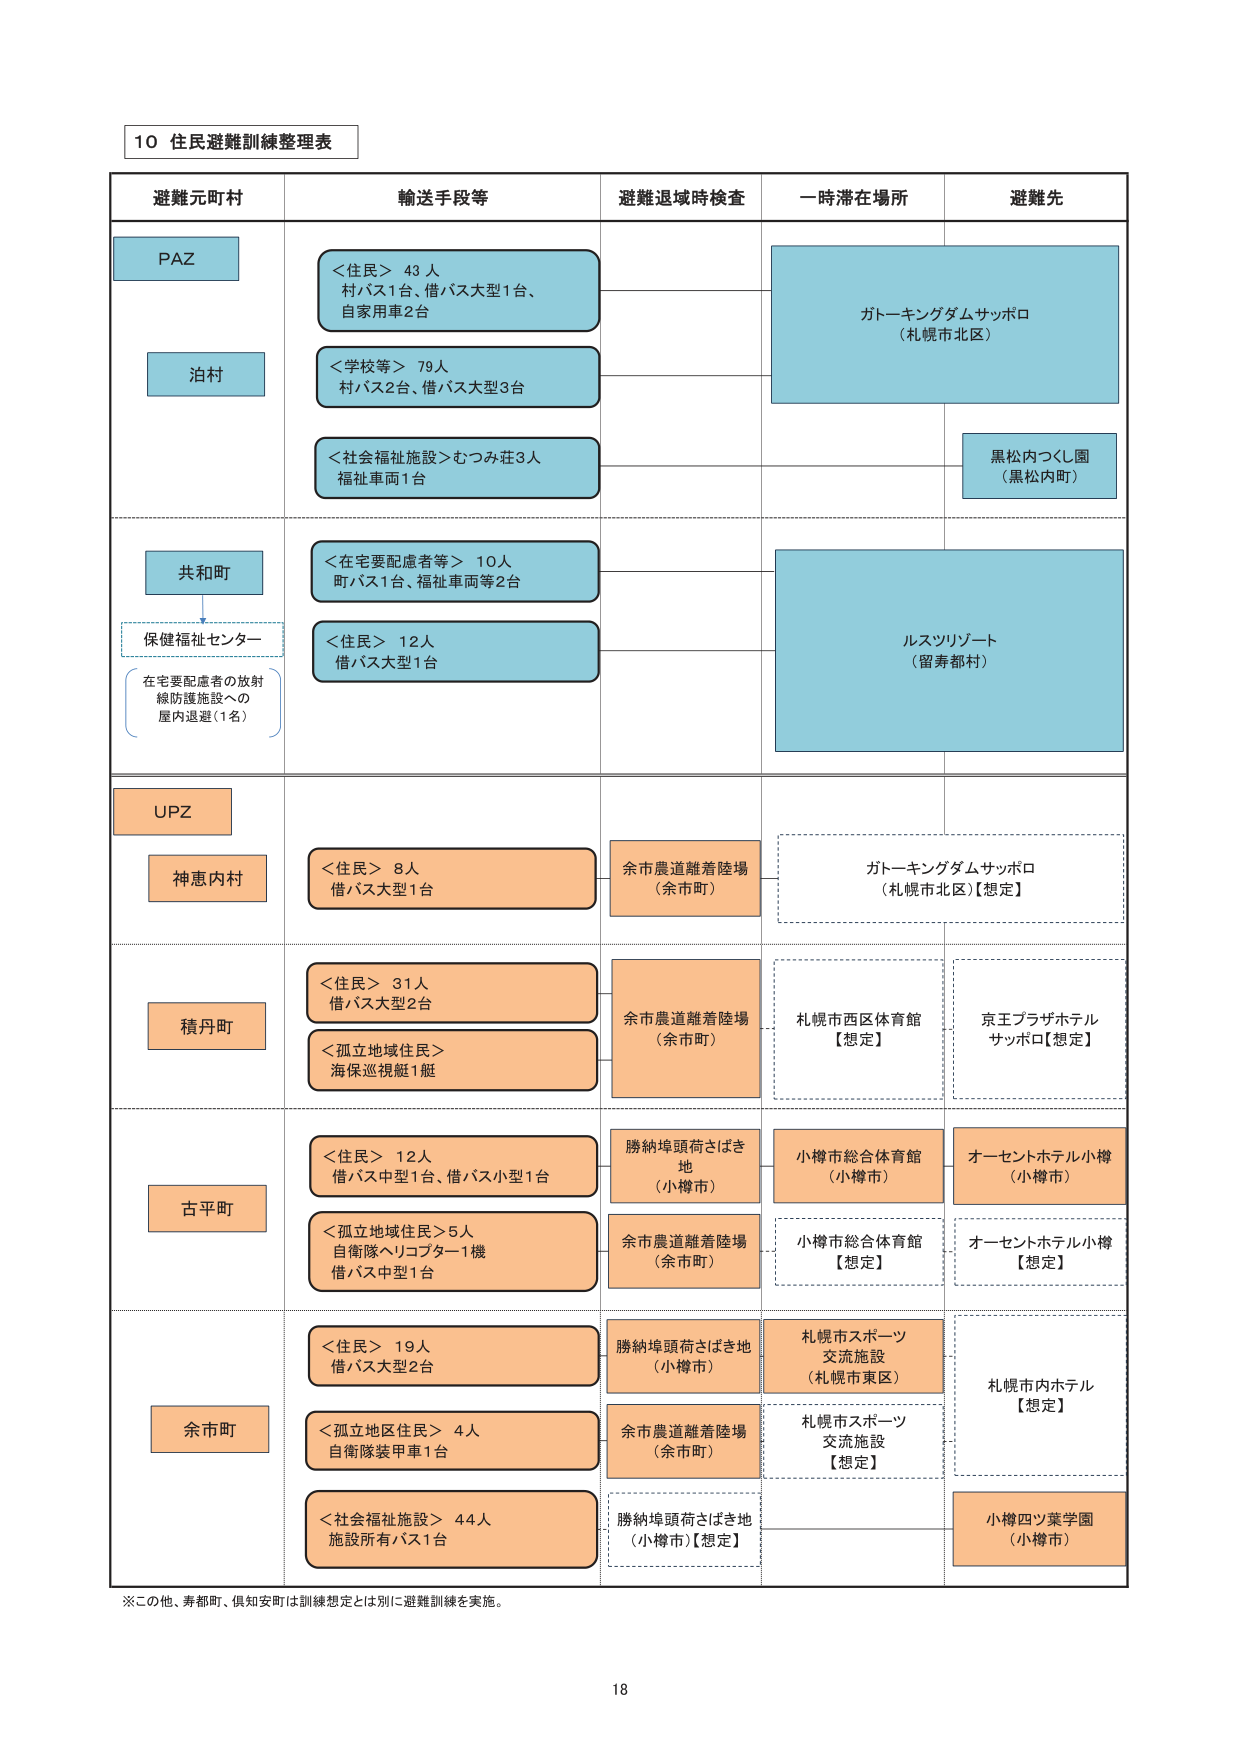
10 住民避難訓練整理表

避難元町村　　　　　　輸送手段等　　　　　　避難退域時検査　　　　一時滞在場所　　　　避難先

PAZ
＜住民＞ 43人
村バス1台、借バス大型1台、
自家用車2台

泊村
＜学校等＞ 79人
村バス2台、借バス大型3台

＜社会福祉施設＞むつみ荘3人
福祉車両1台

ガトーキングダムサッポロ
（札幌市北区）

黒松内つくし園
（黒松内町）

共和町
＜在宅要配慮者等＞ 10人
町バス1台、福祉車両等2台

保健福祉センター
在宅要配慮者の放射
線防護施設への
屋内退避（1名）

＜住民＞ 12人
借バス大型1台

ルスツリゾート
（留寿都村）

UPZ

神恵内村
＜住民＞ 8人
借バス大型1台

余市農道離着陸場
（余市町）

ガトーキングダムサッポロ
（札幌市北区）【想定】

積丹町
＜住民＞ 31人
借バス大型2台

＜孤立地域住民＞
海保巡視艇1艇

余市農道離着陸場
（余市町）

札幌市西区体育館
【想定】

京王プラザホテル
サッポロ【想定】

古平町
＜住民＞ 12人
借バス中型1台、借バス小型1台

勝納埠頭荷さばき地
（小樽市）

小樽市総合体育館
（小樽市）

オーセントホテル小樽
（小樽市）

＜孤立地域住民＞5人
自衛隊ヘリコプター1機
借バス中型1台

余市農道離着陸場
（余市町）

小樽市総合体育館
【想定】

オーセントホテル小樽
【想定】

余市町
＜住民＞ 19人
借バス大型2台

勝納埠頭荷さばき地
（小樽市）

札幌市スポーツ
交流施設
（札幌市東区）

札幌市内ホテル
【想定】

＜孤立地域住民＞ 4人
自衛隊装甲車1台

余市農道離着陸場
（余市町）

札幌市スポーツ
交流施設
【想定】

＜社会福祉施設＞ 44人
施設所有バス1台

勝納埠頭荷さばき地
（小樽市）【想定】

小樽四ツ葉学園
（小樽市）

※この他、寿都町、倶知安町は訓練想定とは別に避難訓練を実施。

18